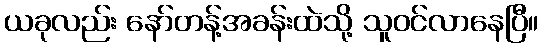
ယခုလည်း နော်တန့်အခန်းထဲသို့ သူဝင်လာနေပြီ။